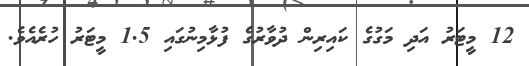
12 މީޓަރު އަދި މަގުގެ ކައިރިން ދުވާރުގެ ފުޅާމިނުގައި 1.5 މީޓަރު ހުރެއެވެ.